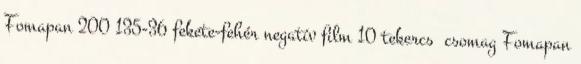
Fomapan 200 135-36 fekete-fehér negatív film 10 tekercs csomag Fomapan